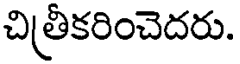
చిత్రీకరించెదరు.